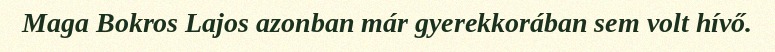
Maga Bokros Lajos azonban már gyerekkorában sem volt hívő.